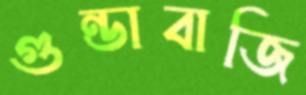
গুন্ডাবাজি